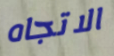
الاتجاه